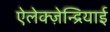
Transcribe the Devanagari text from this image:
ऐलेक्ज़ेन्द्रियाई